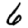
Digit: 6